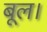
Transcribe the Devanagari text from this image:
बूल।